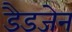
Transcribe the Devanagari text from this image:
डैडजेन